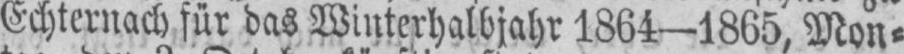
Echternach für das Winterhalbjahr 1864-1865, Mon⸗